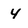
Character: 4